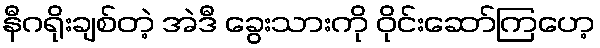
နီဂရိုးချစ်တဲ့ အဲဒီ ခွေးသားကို ဝိုင်းဆော်ကြဟေ့